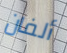
ألفان